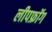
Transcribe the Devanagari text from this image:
लीपफ्रॉग